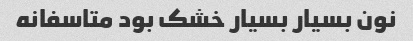
نون بسیار بسیار خشک بود متاسفانه